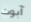
آبوت